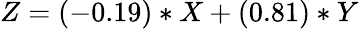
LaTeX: Z=(-0.19)*X+(0.81)*Y